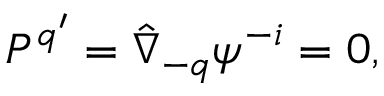
P ^ { q ^ { \prime } } = \hat { \nabla } _ { - q } \psi ^ { - i } = 0 ,